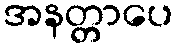
အနတ္တာပေ